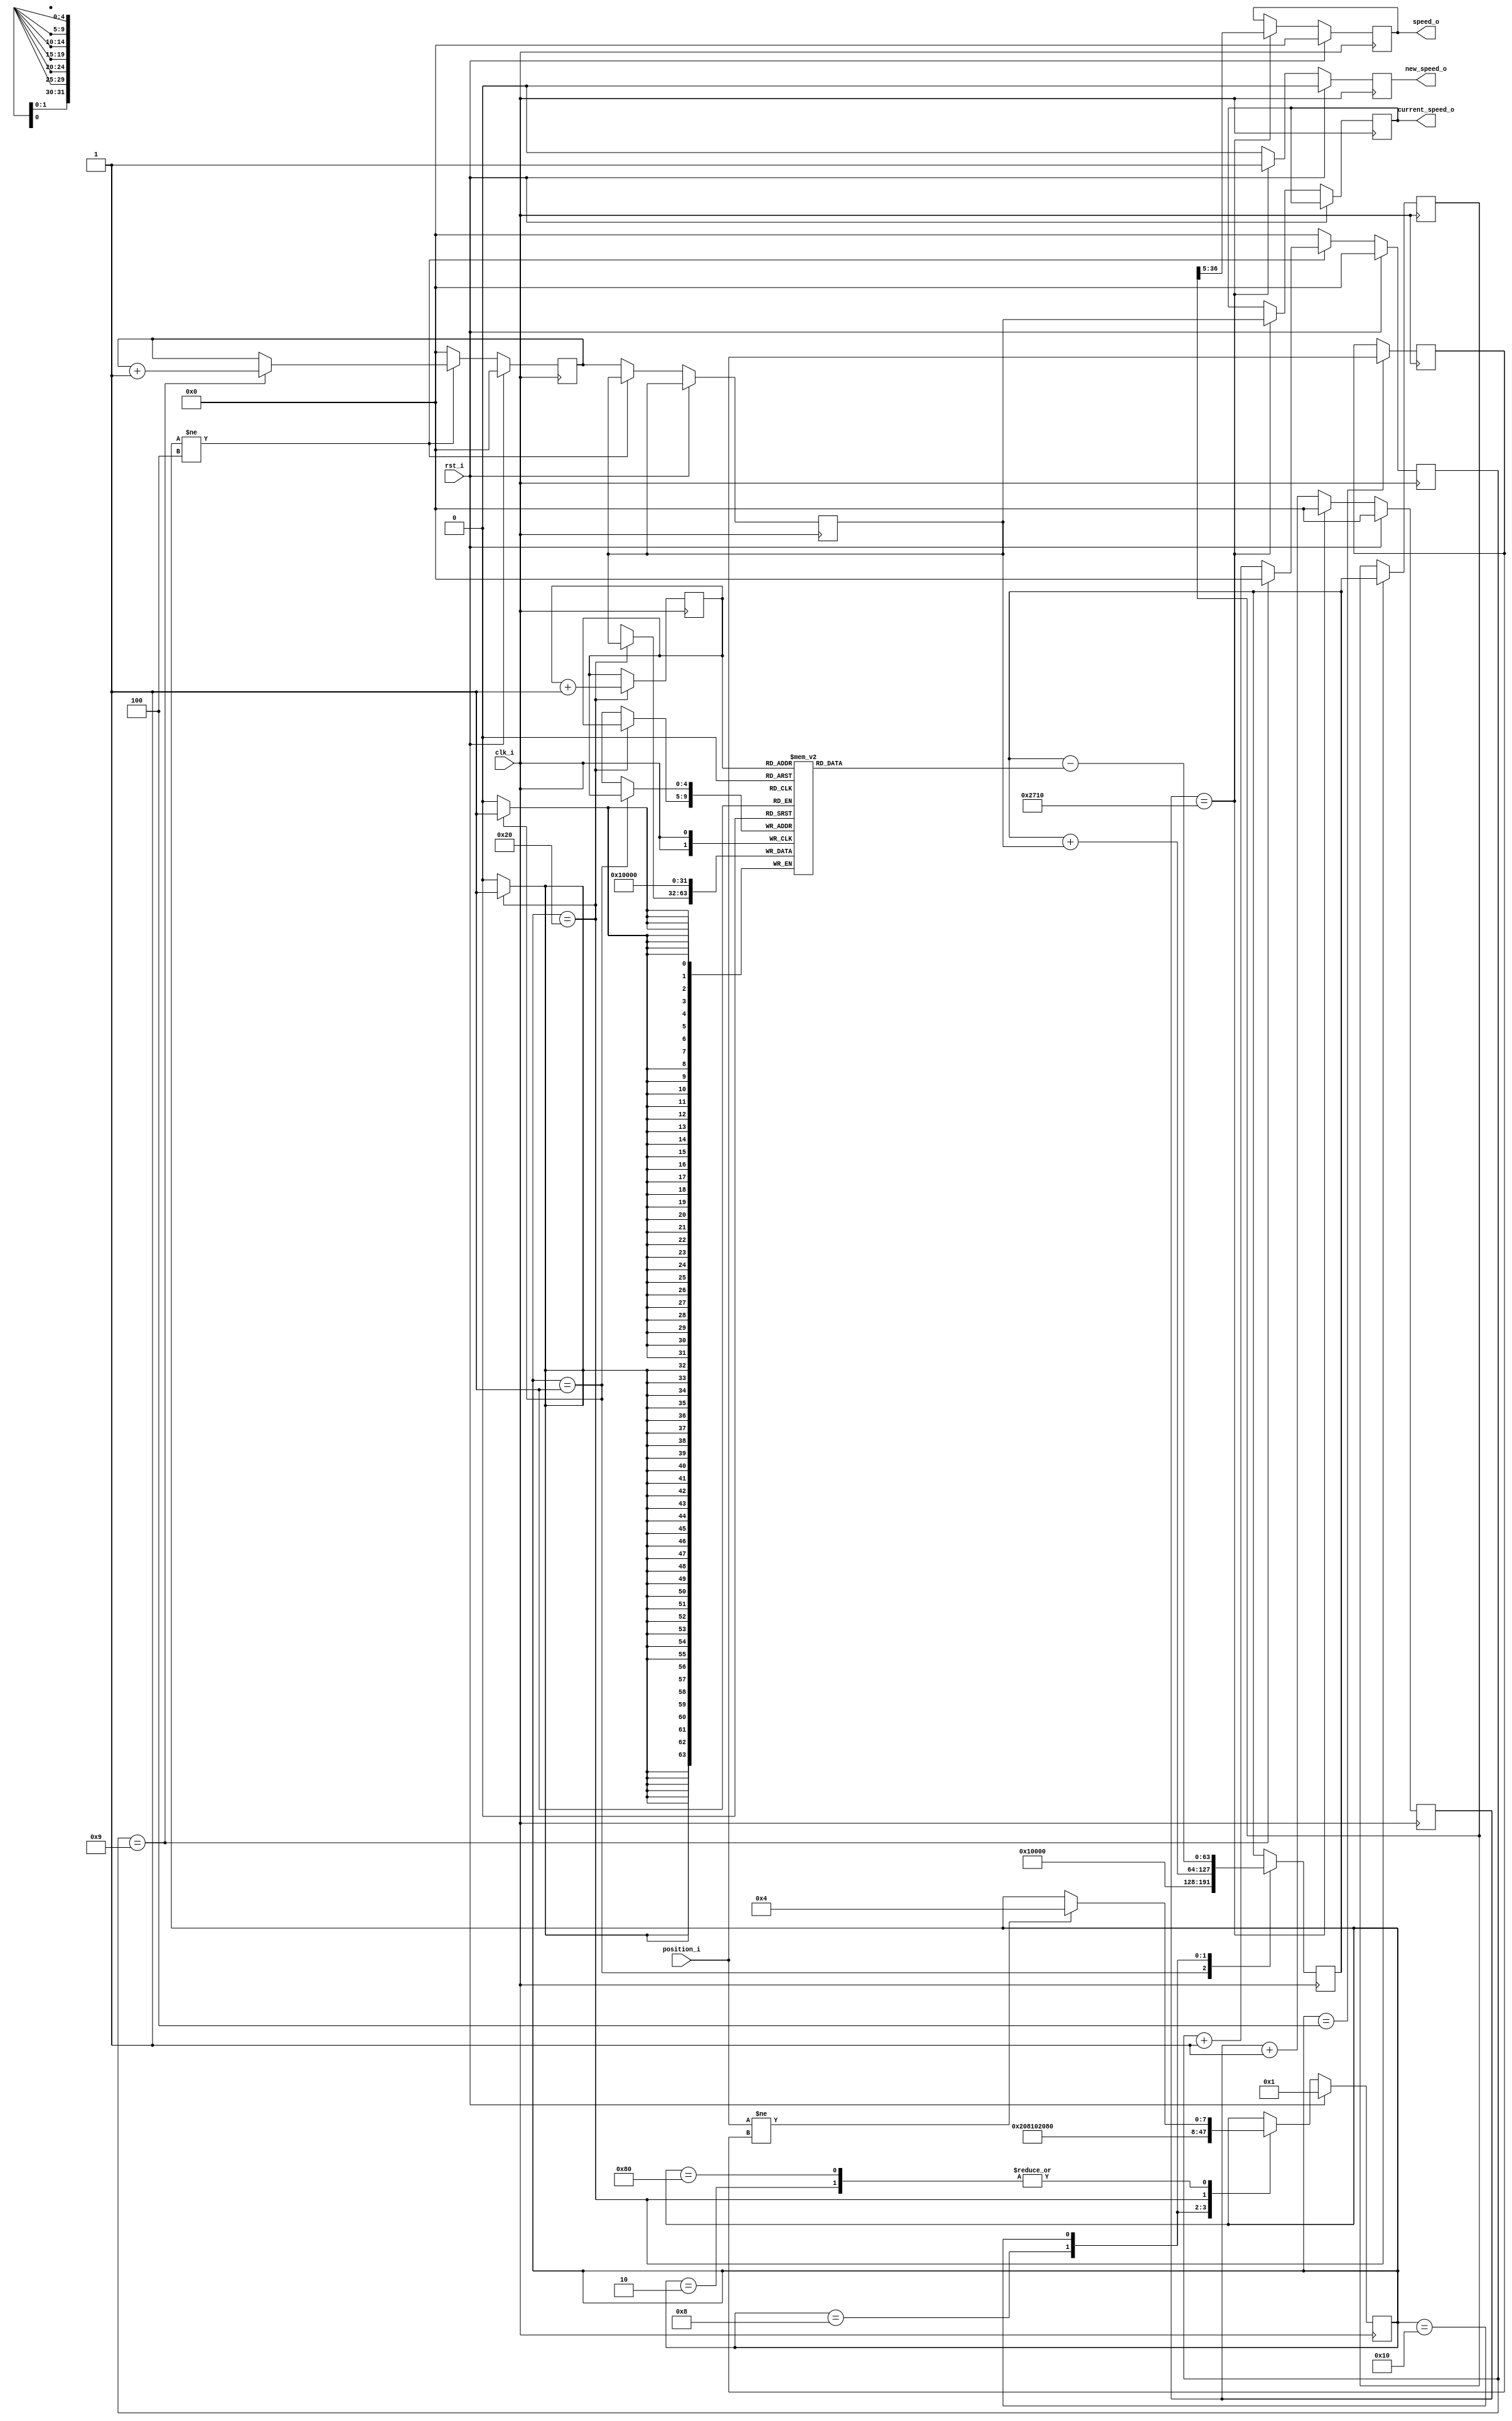
// -----------------------------------------------------------------------------
//
// Copyright 2013(c) Analog Devices, Inc.
//
// All rights reserved.
//
// Redistribution and use in source and binary forms, with or without modification,
// are permitted provided that the following conditions are met:
//  - Redistributions of source code must retain the above copyright
//    notice, this list of conditions and the following disclaimer.
//  - Redistributions in binary form must reproduce the above copyright
//    notice, this list of conditions and the following disclaimer in
//    the documentation and/or other materials provided with the
//    distribution.
//  - Neither the name of Analog Devices, Inc. nor the names of its
//    contributors may be used to endorse or promote products derived
//    from this software without specific prior written permission.
//  - The use of this software may or may not infringe the patent rights
//    of one or more patent holders.  This license does not release you
//    from the requirement that you obtain separate licenses from these
//    patent holders to use this software.
//  - Use of the software either in source or binary form, must be run
//    on or directly connected to an Analog Devices Inc. component.
//
// THIS SOFTWARE IS PROVIDED BY ANALOG DEVICES "AS IS" AND ANY EXPRESS OR IMPLIED
// WARRANTIES, INCLUDING, BUT NOT LIMITED TO, NON-INFRINGEMENT, MERCHANTABILITY
// AND FITNESS FOR A PARTICULAR PURPOSE ARE DISCLAIMED.
// IN NO EVENT SHALL ANALOG DEVICES BE LIABLE FOR ANY DIRECT, INDIRECT, INCIDENTAL,
// SPECIAL, EXEMPLARY, OR CONSEQUENTIAL DAMAGES (INCLUDING, BUT NOT LIMITED TO,
// INTELLECTUAL PROPERTY RIGHTS, PROCUREMENT OF SUBSTITUTE GOODS OR SERVICES;
// LOSS OF USE, DATA, OR PROFITS; OR BUSINESS INTERRUPTION) HOWEVER CAUSED AND
// ON ANY THEORY OF LIABILITY, WHETHER IN CONTRACT, STRICT LIABILITY, OR TORT
// (INCLUDING NEGLIGENCE OR OTHERWISE) ARISING IN ANY WAY OUT OF THE USE OF THIS
// SOFTWARE, EVEN IF ADVISED OF THE POSSIBILITY OF SUCH DAMAGE.
//
// -----------------------------------------------------------------------------
// MODULE NAME : speed_detector
// AUTHOR'S EMAIL : adrian.costina@analog.com
// -----------------------------------------------------------------------------
// KEYWORDS : Analog Devices, Motor Control, Speed detector
// -----------------------------------------------------------------------------
// PURPOSE : Detects the speed of rotation of a motor
// -----------------------------------------------------------------------------
// REUSE ISSUES
// Reset Strategy      :
// Clock Domains       :
// Critical Timing     :
// Test Features       :
// Asynchronous I/F    :
// Instantiations      :
// Synthesizable (y/n) :
// Target Device       :
// Other               :
// -----------------------------------------------------------------------------

`timescale 1ns / 1ps

module speed_detector
//----------- Paramters Declarations -------------------------------------------
#(
    parameter   AVERAGE_WINDOW   = 32,      // Averages data on the latest samples
    parameter   LOG_2_AW         = 5,       // Average window is 2 ^ LOG_2_AW
    parameter   SAMPLE_CLK_DECIM = 10000
)
//----------- Ports Declarations -----------------------------------------------
(
    input               clk_i,
    input               rst_i,
    input       [ 2:0]  position_i,         // position as determined by the sensors
    output reg          new_speed_o,        // signals a new speed has been computed
    output reg  [31:0]  current_speed_o,    // data bus with the current speed
    output reg  [31:0]  speed_o             // data bus with the mediated speed
);

//------------------------------------------------------------------------------
//----------- Local Parameters -------------------------------------------------
//------------------------------------------------------------------------------
localparam AW             = LOG_2_AW - 1;
localparam MAX_SPEED_CNT  = 32'h10000;

//State machine
localparam RESET            = 8'b00000001;
localparam INIT             = 8'b00000010;
localparam CHANGE_POSITION  = 8'b00000100;
localparam ADD_COUNTER      = 8'b00001000;
localparam SUBSTRACT_MEM    = 8'b00010000;
localparam UPDATE_MEM       = 8'b00100000;
localparam IDLE             = 8'b10000000;

//------------------------------------------------------------------------------
//----------- Registers Declarations -------------------------------------------
//------------------------------------------------------------------------------
reg [ 2:0]  position_old;
reg [63:0]  avg_register;
reg [63:0]  avg_register_stable;
reg [31:0]  cnt_period;
reg [31:0]  decimation;                   // register used to divide by ten the speed
reg [31:0]  cnt_period_old;
reg [31:0]  fifo [0:((2**LOG_2_AW)-1)];   // 32 bit wide RAM
reg [AW:0]  write_addr;
reg [AW:0]  read_addr;

reg [31:0]  sample_clk_div;

reg [ 7:0]  state;
reg [ 7:0]  next_state;

//------------------------------------------------------------------------------
//----------- Assign/Always Blocks ---------------------------------------------
//------------------------------------------------------------------------------
// Count ticks per position
always @(posedge clk_i)
begin
    if(rst_i == 1'b1)
    begin
        cnt_period <= 32'b0;
        decimation <= 32'b0;
    end
    else
    begin
        if(state != CHANGE_POSITION)
        begin
            if(decimation == 9)
            begin
                cnt_period <= cnt_period + 1;
                decimation <= 32'b0;
            end
            else
            begin
                decimation  <= decimation + 1;
            end
        end
        else
        begin
            decimation      <= 32'b0;
            cnt_period      <= 32'b0;
            cnt_period_old  <= cnt_period;
        end
    end
end

always @(posedge clk_i)
begin
    if(rst_i == 1'b1)
    begin
        state <= RESET;
    end
    else
    begin
        state <= next_state;
    end
end

always @*
begin
    next_state = state;
    case(state)
        RESET:
        begin
            next_state = INIT;
        end
        INIT:
        begin
            if(position_i != position_old)
            begin
                next_state = CHANGE_POSITION;
            end
        end
        CHANGE_POSITION:
        begin
            next_state = ADD_COUNTER;
        end
        ADD_COUNTER:
        begin
            next_state = SUBSTRACT_MEM;
        end
        SUBSTRACT_MEM:
        begin
            next_state = UPDATE_MEM;
        end
        UPDATE_MEM:
        begin
            next_state          = IDLE;
        end
        IDLE:
        begin
            if(position_i != position_old)
            begin
                next_state = CHANGE_POSITION;
            end
        end
    endcase
end

always @(posedge clk_i)
begin
    case(state)
        RESET:
        begin
            avg_register        <= MAX_SPEED_CNT;
            fifo[write_addr]    <= MAX_SPEED_CNT;
        end
        INIT:
        begin
        end
        CHANGE_POSITION:
        begin
            position_old <= position_i;
        end
        ADD_COUNTER:
        begin
            avg_register <= avg_register + cnt_period_old ;
        end
        SUBSTRACT_MEM:
        begin
            avg_register <= avg_register - fifo[write_addr];
        end
        UPDATE_MEM:
        begin
            fifo[write_addr]    <= cnt_period_old;
            write_addr          <= write_addr + 1;
            avg_register_stable <= avg_register;
        end
        IDLE:
        begin
        end
    endcase
end

// Stable sampling frequency of the motor speed
always @(posedge clk_i)
begin
    if(rst_i == 1'b1)
    begin
        sample_clk_div  <= 0;
        speed_o         <= 0;
        new_speed_o     <= 0;
    end
    else
    begin
        if(sample_clk_div == SAMPLE_CLK_DECIM)
        begin
            sample_clk_div  <= 0;
            speed_o         <=(avg_register_stable >> LOG_2_AW);
            new_speed_o     <= 1;
            current_speed_o <= cnt_period_old;
        end
        else
        begin
            new_speed_o     <= 0;
            sample_clk_div  <= sample_clk_div + 1;
        end
    end
end

endmodule